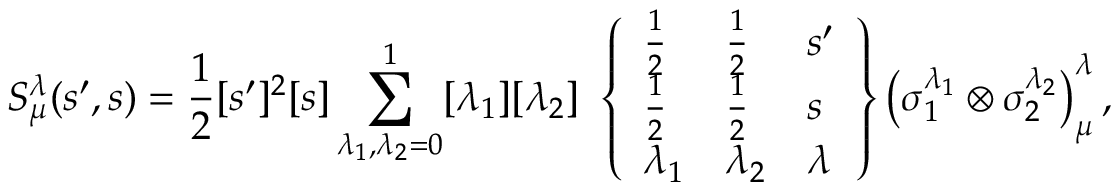
S _ { \mu } ^ { \lambda } ( s ^ { \prime } , s ) = { \frac { 1 } { 2 } } [ s ^ { \prime } ] ^ { 2 } [ s ] \sum _ { \lambda _ { 1 } , \lambda _ { 2 } = 0 } ^ { 1 } [ \lambda _ { 1 } ] [ \lambda _ { 2 } ] \ \left\{ \begin{array} { l l l } { { { \textstyle { \frac { 1 } { 2 } } } } } & { { { \textstyle { \frac { 1 } { 2 } } } } } & { { s ^ { \prime } } } \\ { { { \textstyle { \frac { 1 } { 2 } } } } } & { { { \textstyle { \frac { 1 } { 2 } } } } } & { { s } } \\ { { \lambda _ { 1 } } } & { { \lambda _ { 2 } } } & { { \lambda } } \end{array} \right\} \left( \sigma _ { 1 } ^ { \lambda _ { 1 } } \otimes \sigma _ { 2 } ^ { \lambda _ { 2 } } \right) _ { \mu } ^ { \lambda } ,